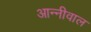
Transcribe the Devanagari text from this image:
आन्नीवाल